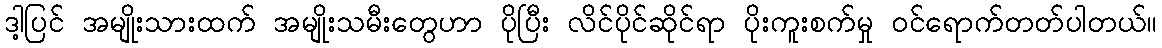
ဒါ့ပြင် အမျိုးသားထက် အမျိုးသမီးတွေဟာ ပိုပြီး လိင်ပိုင်ဆိုင်ရာ ပိုးကူးစက်မှု ဝင်ရောက်တတ်ပါတယ်။